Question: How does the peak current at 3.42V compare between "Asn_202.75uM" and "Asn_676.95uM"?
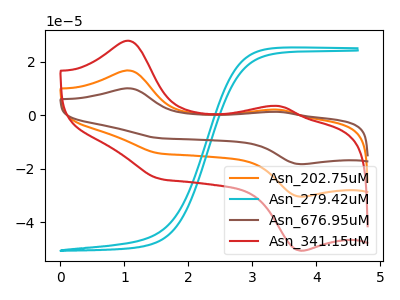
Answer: <think>The orange curve "Asn_202.75uM" has anodic peaks at (1.05V, 16.70uA) (3.40V, 2.05uA) and cathodic peaks at (1.55V, -14.30uA) (3.75V, -30.45uA). The cyan curve "Asn_279.42uM" has no peaks. The brown curve "Asn_676.95uM" has anodic peaks at (1.05V, 33.45uA) (3.40V, 4.15uA) and cathodic peaks at (1.55V, -28.60uA) (3.75V, -60.90uA). The red curve "Asn_341.15uM" has anodic peaks at (1.05V, 27.85uA) (3.40V, 3.45uA) and cathodic peaks at (1.55V, -23.80uA) (3.75V, -50.65uA).</think>
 <answer>The peak at 3.42V is lower in "Asn_202.75uM" than in "Asn_676.95uM".</answer>
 <eval>lower</eval>